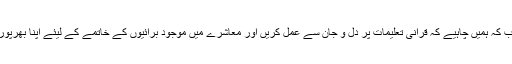
تقریب سے خطاب کہ ہمیں چاہیے کہ قرانی تعلیمات پر دل و جان سے عمل کریں اور معاشرے میں موجود برائیوں کے خاتمے کے لیئے اپنا بھرپور کردار ادا کریں۔